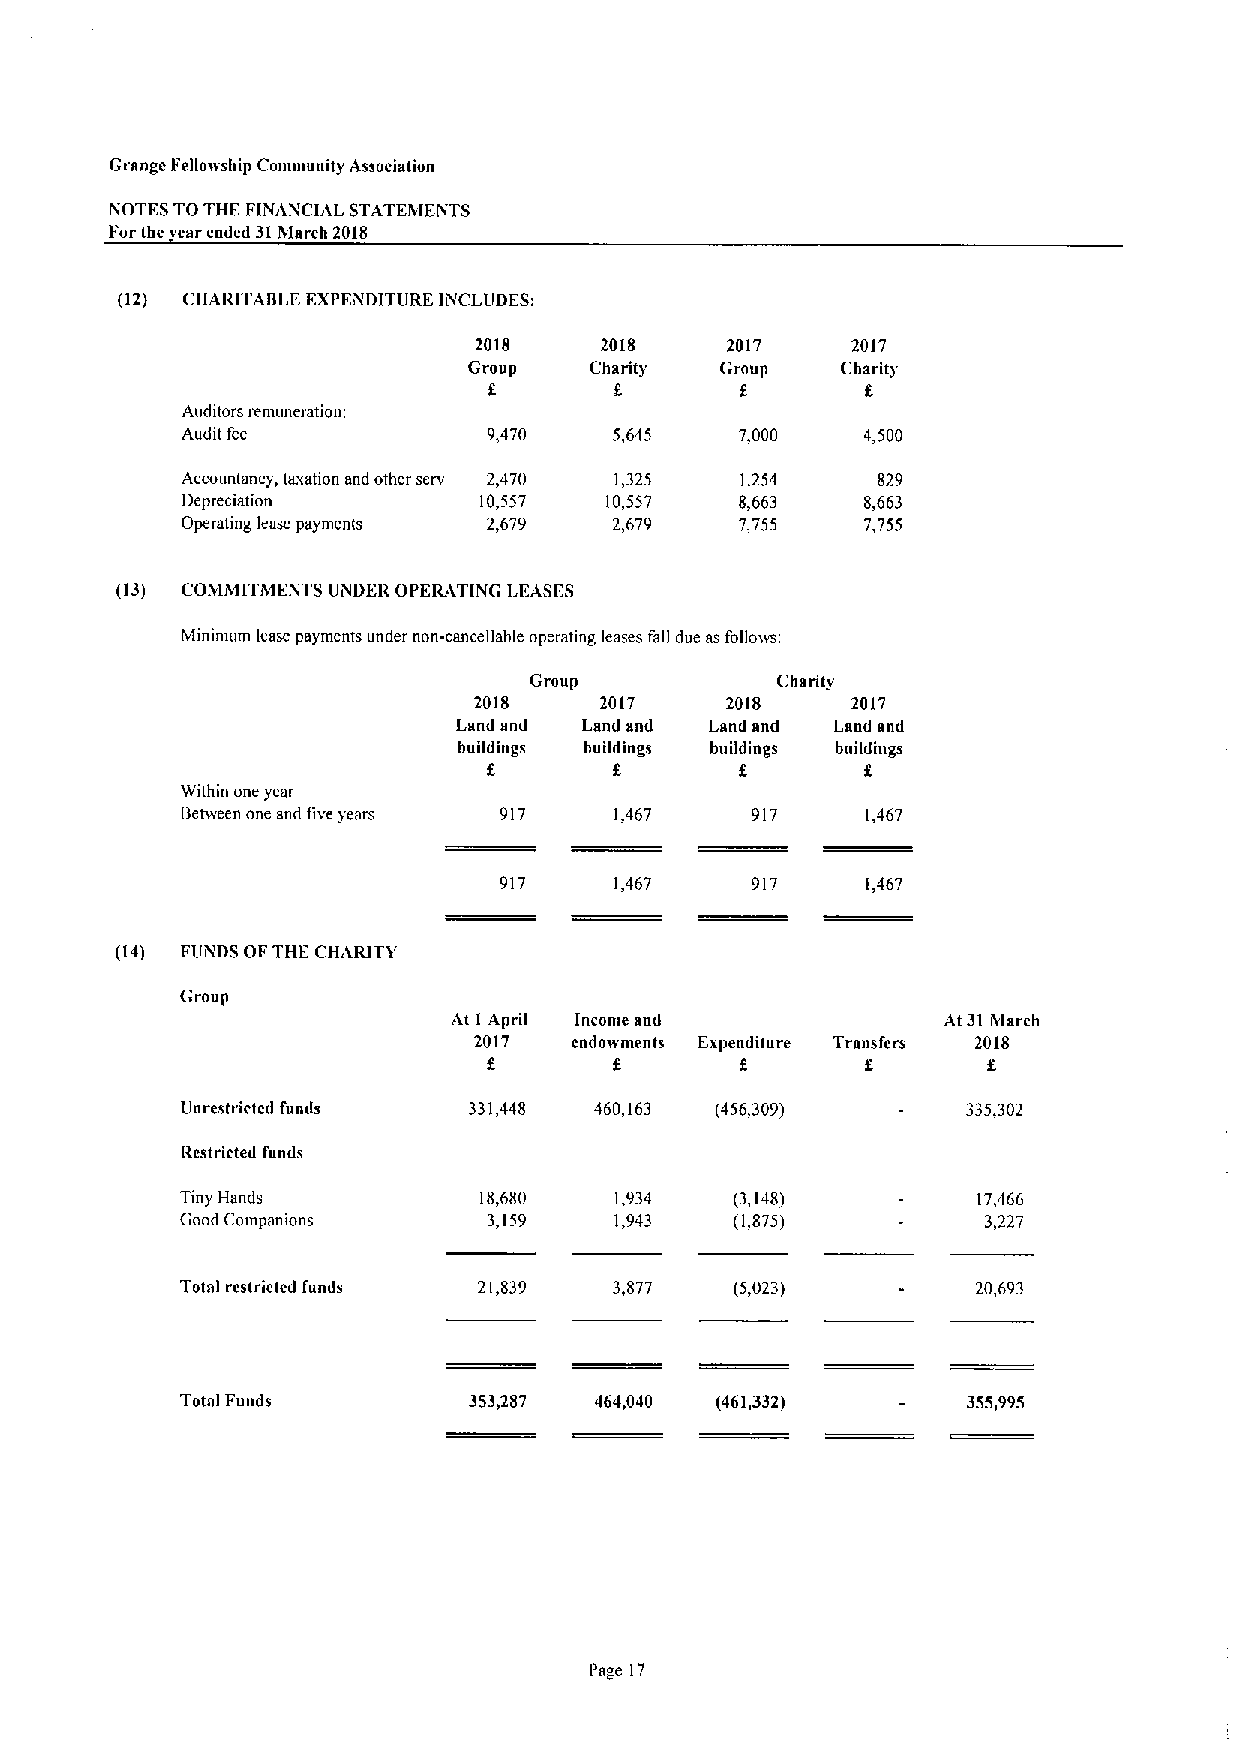
Grange Felloiiship Comniunity Association
 NOTES TOTHF. FINANCIAL STATEMENTS
 Forthe ear ceded 31h'larch 2018
 (12) CHARITABLE EXPENDITURE liNCLUDES:
 2018     2018    2017    2017
 Group   Charity  Group   Charity
 f                f       f
 Auditors remuneration;
 Audit fee           9,470    5,645   7,000   4,500
 Accountancy, taxation and other serv 2,470 1,325 1,254 829
 Depreciation        10,557  10,557   8,663   8,663
 Operating lease payments 2,679 2,679 7,755   7,755
 (13) COMMITMENTS UiVDER OPERATING LFASFS
 Mininnim lease payments under non-cancellable operating leases fall due as folloiis:
 Group           Charity
 2018     2017    2018    2017
 Land and Land snd Land and Lssd and
 buildings buildings buildings buildings
 f
 Within one year
 Between one and five years 917 1,467  917    1,467
 917     1,467    917    1,467
 (14) FUiNDS OFTHE CHARITY
 Group
 At I April Income and            At 31March
 2017   endowments Expenditure Transfers 2018
 f        f       f               f
 Unrestricted funds 331,448 460,163 (456,309)        335,302
 Restricted fusds
 Tiny Hands          18,680   1,934   (3,148)         17,466
 Good Companions     3,159    1,943   (1,875)         3,227
 Total restricted funds 21,839 3,877  (5,023)         20,693
 Total Funds        353,287 464,040 (461,332)        355,995
 Page 17